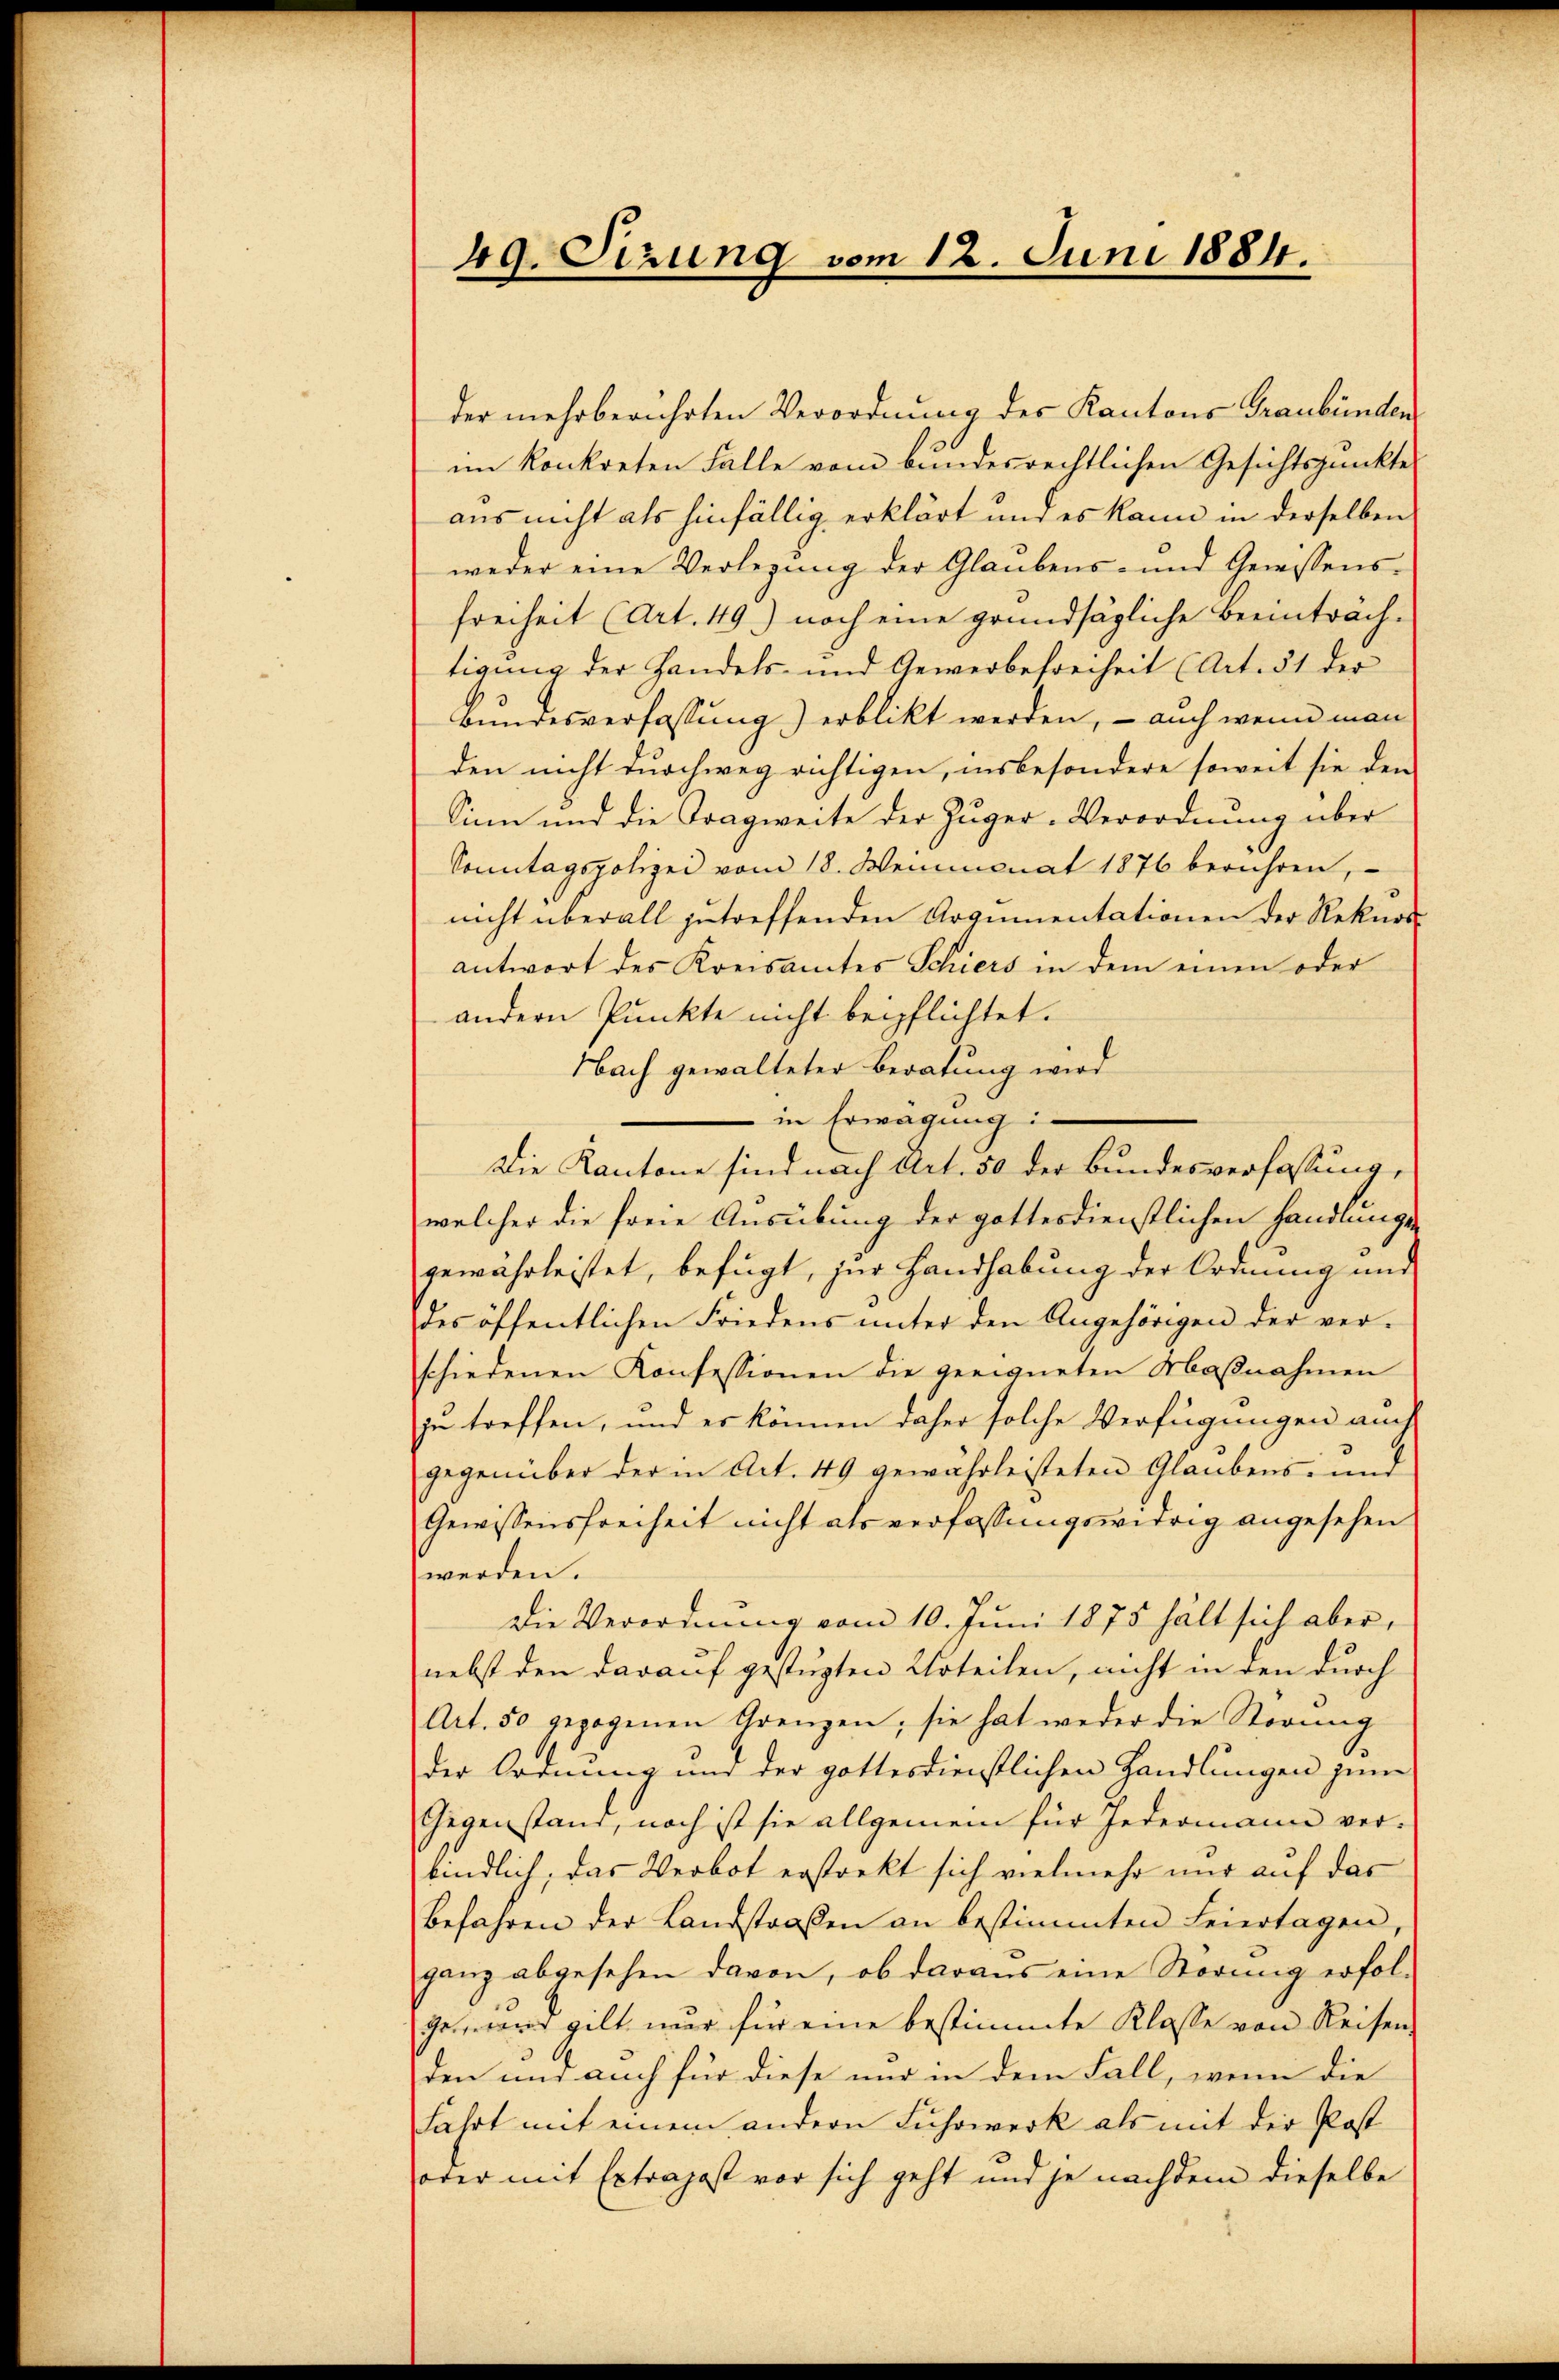
49. Sizung vom 12. Juni 1884.

der mehr berührten Verordnung des Kantons Graubünden
im konkreten Falle vom bundesrechtlichen Gesichtspunkte
aus nicht als hinfällig erklärt und es kann in derselben
weder eine Verlegung der Glaubens- und Gewissens-
Freiheit (Art. 49) noch eine grundsägliche Beeinträchtigung der Handels- und Gewerbefreiheit (Art. 51 der
Bundesverfassung) erblickt werden, – auch wenn man
den nicht durchweg richtigen, insbesondere soweit sie den
Sinn und die Tragweite der Juger-Verordnung über
Sonntagspolizei vom 18. Weinmonat 1876 berühren,
nicht überall getreffenden Argumentationen der Rekurs-
antwort des Kreisamtes Schiers in dem einen oder
andern Punkte nicht beipflichtet.
Nach gewalteter Beratung wird
in Erwägung i
Die Kantone sind nach Art. 50 der Bundesverfassung,
welcher die freie Ausübung der gottesdienstlichen Handlungen
gewährleistet, befügt, zur Handhabung der Ordnung und
des öffentlichen Friedens unter den Angehörigen der ver-
schiedenen Konfessionen die geeigneten Maβnahmen
zu treffen, und er können daher solche Verfügungen auch
gegenüber der in Art. 49 gewährleisteten Glaubens- und
Gewissensfreiheit nicht als verfassungswidrig angesehen
werden.
Die Verordnung vom 10. Juni 1875 hält sich aber,
nebst den darauf gestüzten Urteilen, nicht in den durch
Art. 50 gezogenen Grenzen; sie hat weder die Störung
der Ordnung und der gottesdienstlichen Handlungen zum
Gegenstand, noch ist sie allgemein für Jedermann verbindlich, das Verbot erstarkt sich vielmehr nur auf das
Befahren der Landstraßen an bestimmten Feiertagen,
ganz abgesehen davon, ob daraus eine Störung erfolgeward gilt war für eine bestimmte Klasse von Reisen
den und auch für diese nur in dem Fall, wenn die
Fahrt mit einem andern Fuhrwerk als mit der Post
oder mit Extrajost vor sich geht und je nachdem dieselbe